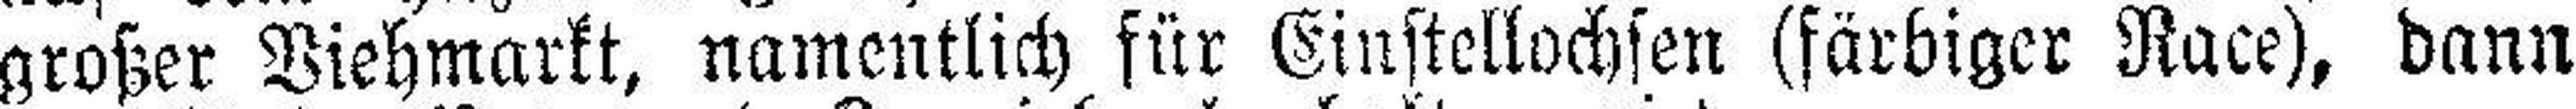
großer Viehmarkt, namentlich für Einstellochsen (färbiger Race), dann